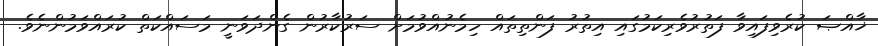
ޚާއްޞަ ކުރެވިފައިވާ ފަތުރުވެރިކަމުގައި އިތުރު ފަންތިތައް ހިމެނުއްވުމަށް ސަރުކާރުން ގެންދަވަނީ މަސައްކަތް ކުރައްވަމުންނެވެ.